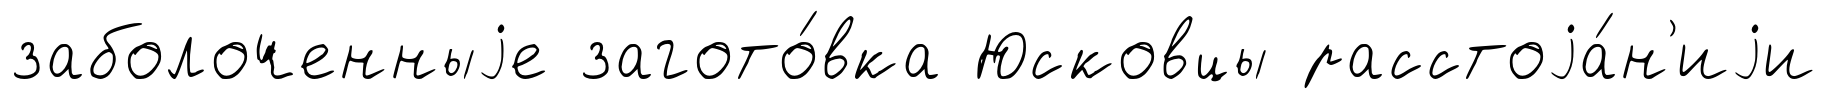
заболоченныjе загото́вка Юсковцы расстоjа́н'иjи